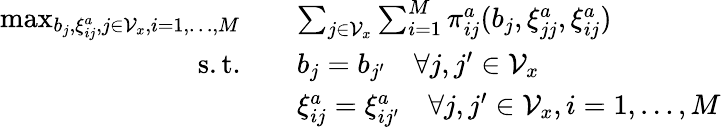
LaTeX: \begin{array}{rl}{\operatorname*{max}_{b_{j},\xi_{ij}^{a},j\in\mathcal{V}_{x},i=1,\dots,M}\quad}&{\sum_{j\in\mathcal{V}_{x}}\sum_{i=1}^{M}\pi_{ij}^{a}(b_{j},\xi_{jj}^{a},\xi_{ij}^{a})}\\ {\mathrm{s.t.}\quad}&{b_{j}=b_{j^{\prime}}\quad\forall j,j^{\prime}\in\mathcal{V}_{x}}\\ &{\xi_{ij}^{a}=\xi_{ij^{\prime}}^{a}\quad\forall j,j^{\prime}\in\mathcal{V}_{x},i=1,\dots,M}\end{array}